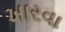
ખારવા